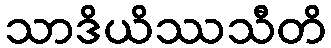
သာဒိယိဿသီတိ